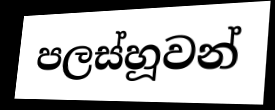
පලස්හූවන්